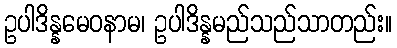
ဥပါဒိန္နမေဝနာမ၊ ဥပါဒိန္နမည်သည်သာတည်း။